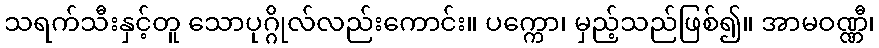
သရက်သီးနှင့်တူ သောပုဂ္ဂိုလ်လည်းကောင်း။ ပက္ကော၊ မှည့်သည်ဖြစ်၍။ အာမဝဏ္ဏီ၊